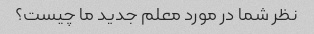
نظر شما در مورد معلم جدید ما چیست؟